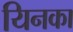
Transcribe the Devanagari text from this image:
यिनका